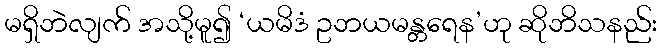
မရှိဘဲလျက် အသို့မူ၍ ‘ယမိဒံ ဥဘယမန္တရေန’ဟု ဆိုဘိသနည်း